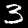
Label: 3